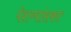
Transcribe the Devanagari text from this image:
पेशव्यांसकट